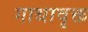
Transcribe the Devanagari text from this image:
गाथावृक्त